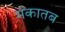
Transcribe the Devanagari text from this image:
मकातब